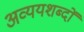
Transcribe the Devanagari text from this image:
अव्ययशब्दों